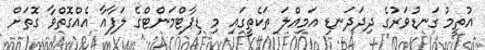
އުތީމު ގަނޑުވަރުގެ ދިދަދަނޑި އަމިއްލަ ތަކެތީގައި މި ޑިޕާޓްމަންޓްގެ ލަފާއާ އެއްގޮތްވާ ގޮތަށް